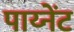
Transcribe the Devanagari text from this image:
पाय्नेंट